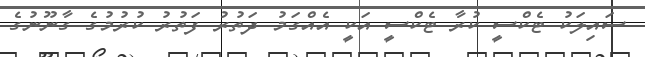
ސައިލަކު ޓެކްސީ ކުރާ ޓެކްސީ އަކީ އެއްގަމު ދަތުރު ފަތުރު ކުރުމުގެ ގާނޫނުގެ